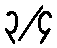
၃/၄